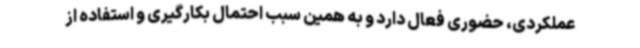
عملکردی، حضوری فعال دارد و به همین سبب احتمال بکارگیری و استفاده از